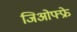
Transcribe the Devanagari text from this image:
जिओफ्फ्रे